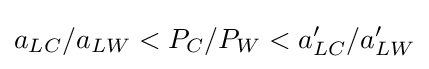
\textstyle a_{LC}/a_{LW}<P_{C}/P_{W}<a'_{LC}/a'_{LW}